Report on the working of the mental hospitals for Indians in Bihar and Orissa - 1925-1929
Year: 1925
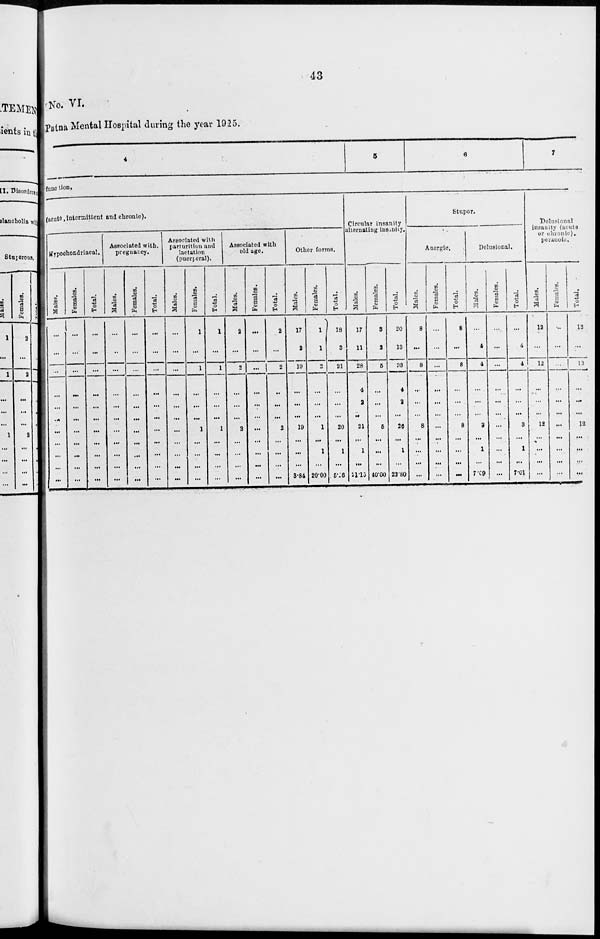
43
No. VI.
Patna Mental Hospital during the year 1925.
4
5
6
7
function.
(acute, intermittent and chronic).
Hypochondriacal.
Males.
...
...
...
...
...
...
...
...
...
...
...
Females.
...
...
...
...
...
...
...
...
...
...
...
Total.
...
...
...
...
...
...
...
...
...
...
...
Associated with
pregnancy.
Males.
...
...
...
...
...
...
...
...
...
...
...
Females.
...
...
...
...
...
...
...
...
...
...
...
Total.
...
...
...
...
...
...
...
...
...
...
...
Associated with
parturition and
lactation
(puerperal).
Males.
...
...
...
...
...
...
...
...
...
...
...
Females.
1
...
1
...
...
...
1
...
...
...
...
Total.
1
...
1
...
...
...
1
...
...
...
...
Associated with
old age.
Males.
2
...
2
...
...
...
2
...
...
...
...
Females.
...
.
...
...
...
...
...
...
...
...
...
Total.
2
...
2
...
...
...
2
...
...
...
...
Other forms.
Males.
17
2
19
...
...
...
19
...
...
...
3.84
Females.
1
1
2
...
...
...
1
...
1
...
20.00
Total.
18
3
21
...
...
...
20
...
1
...
5.26
Circular insanity
alternating insanity.
Males.
17
11
28
4
2
...
21
...
1
...
21.15
Females.
3
2
5
...
...
...
5
...
...
...
40.00
Total.
20
13
33
4
2
...
26
...
1
...
22.80
Stupor.
Anergic.
Males.
8
...
8
...
...
...
8
...
...
...
...
Females.
...
...
...
...
...
...
...
...
...
...
...
Total.
8
...
8
...
...
...
8
...
...
...
...
Delusional.
Males.
...
4
4
...
...
...
3
...
1
...
7.09
Females.
...
...
...
...
...
...
...
...
...
...
...
Total.
...
4
4
...
...
...
3
...
1
...
7.01
Delusional
insanity (acute
or chronic).
peranoia.
Males.
12
...
12
...
...
...
12
...
...
...
...
Females.
...
...
...
...
...
...
...
...
...
...
...
Total.
12
...
12
...
...
...
12
...
...
...
...